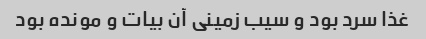
غذا سرد بود و سیب زمینی آن بیات و مونده بود